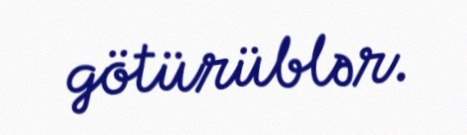
götürüblər.